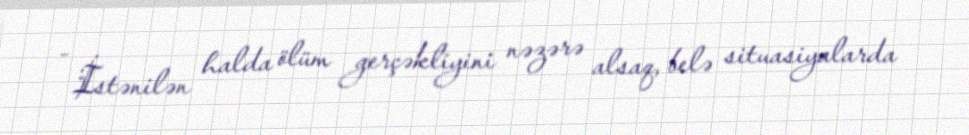
- İstənilən halda ölüm gerçəkliyini nəzərə alsaq, belə situasiyalarda